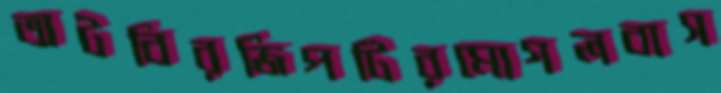
অটবিরজিপটিরমোগলবাস